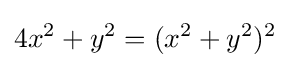
4x^{2}+y^{2}=(x^{2}+y^{2})^{2}